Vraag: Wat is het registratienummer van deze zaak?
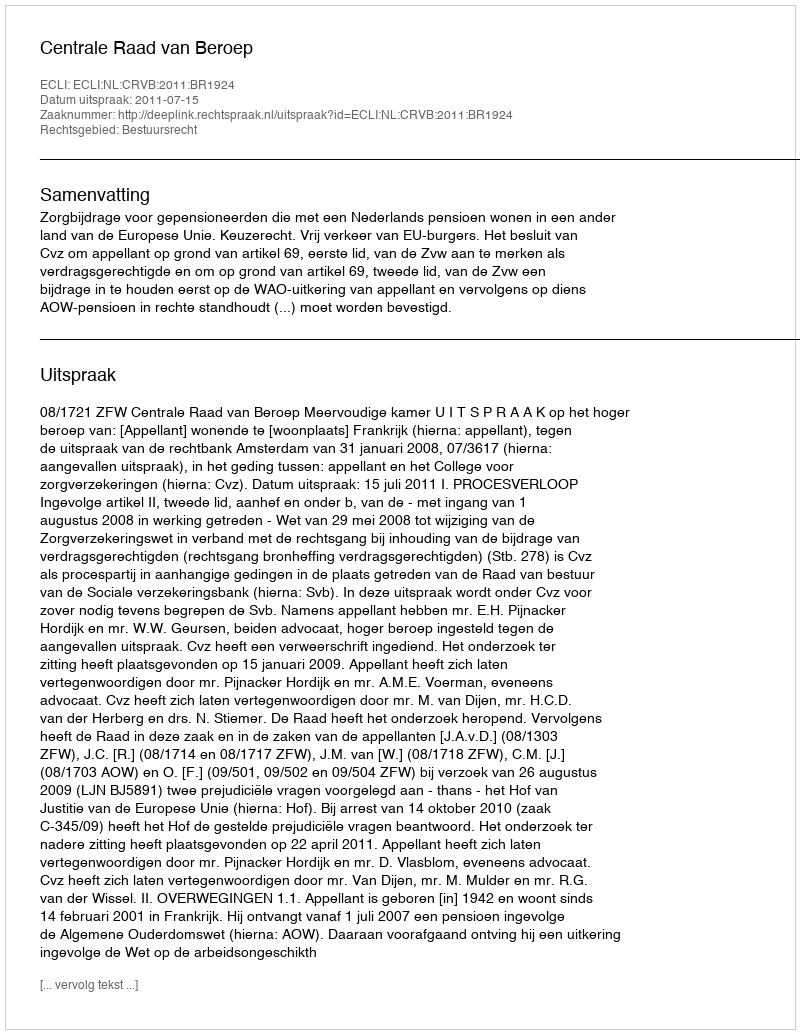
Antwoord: http://deeplink.rechtspraak.nl/uitspraak?id=ECLI:NL:CRVB:2011:BR1924